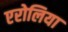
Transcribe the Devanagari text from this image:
एरोलिया